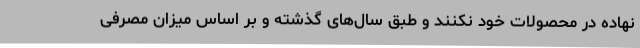
نهاده در محصولات خود نکنند و طبق سال‌های گذشته و بر اساس میزان مصرفی